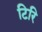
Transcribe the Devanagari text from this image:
टिरि